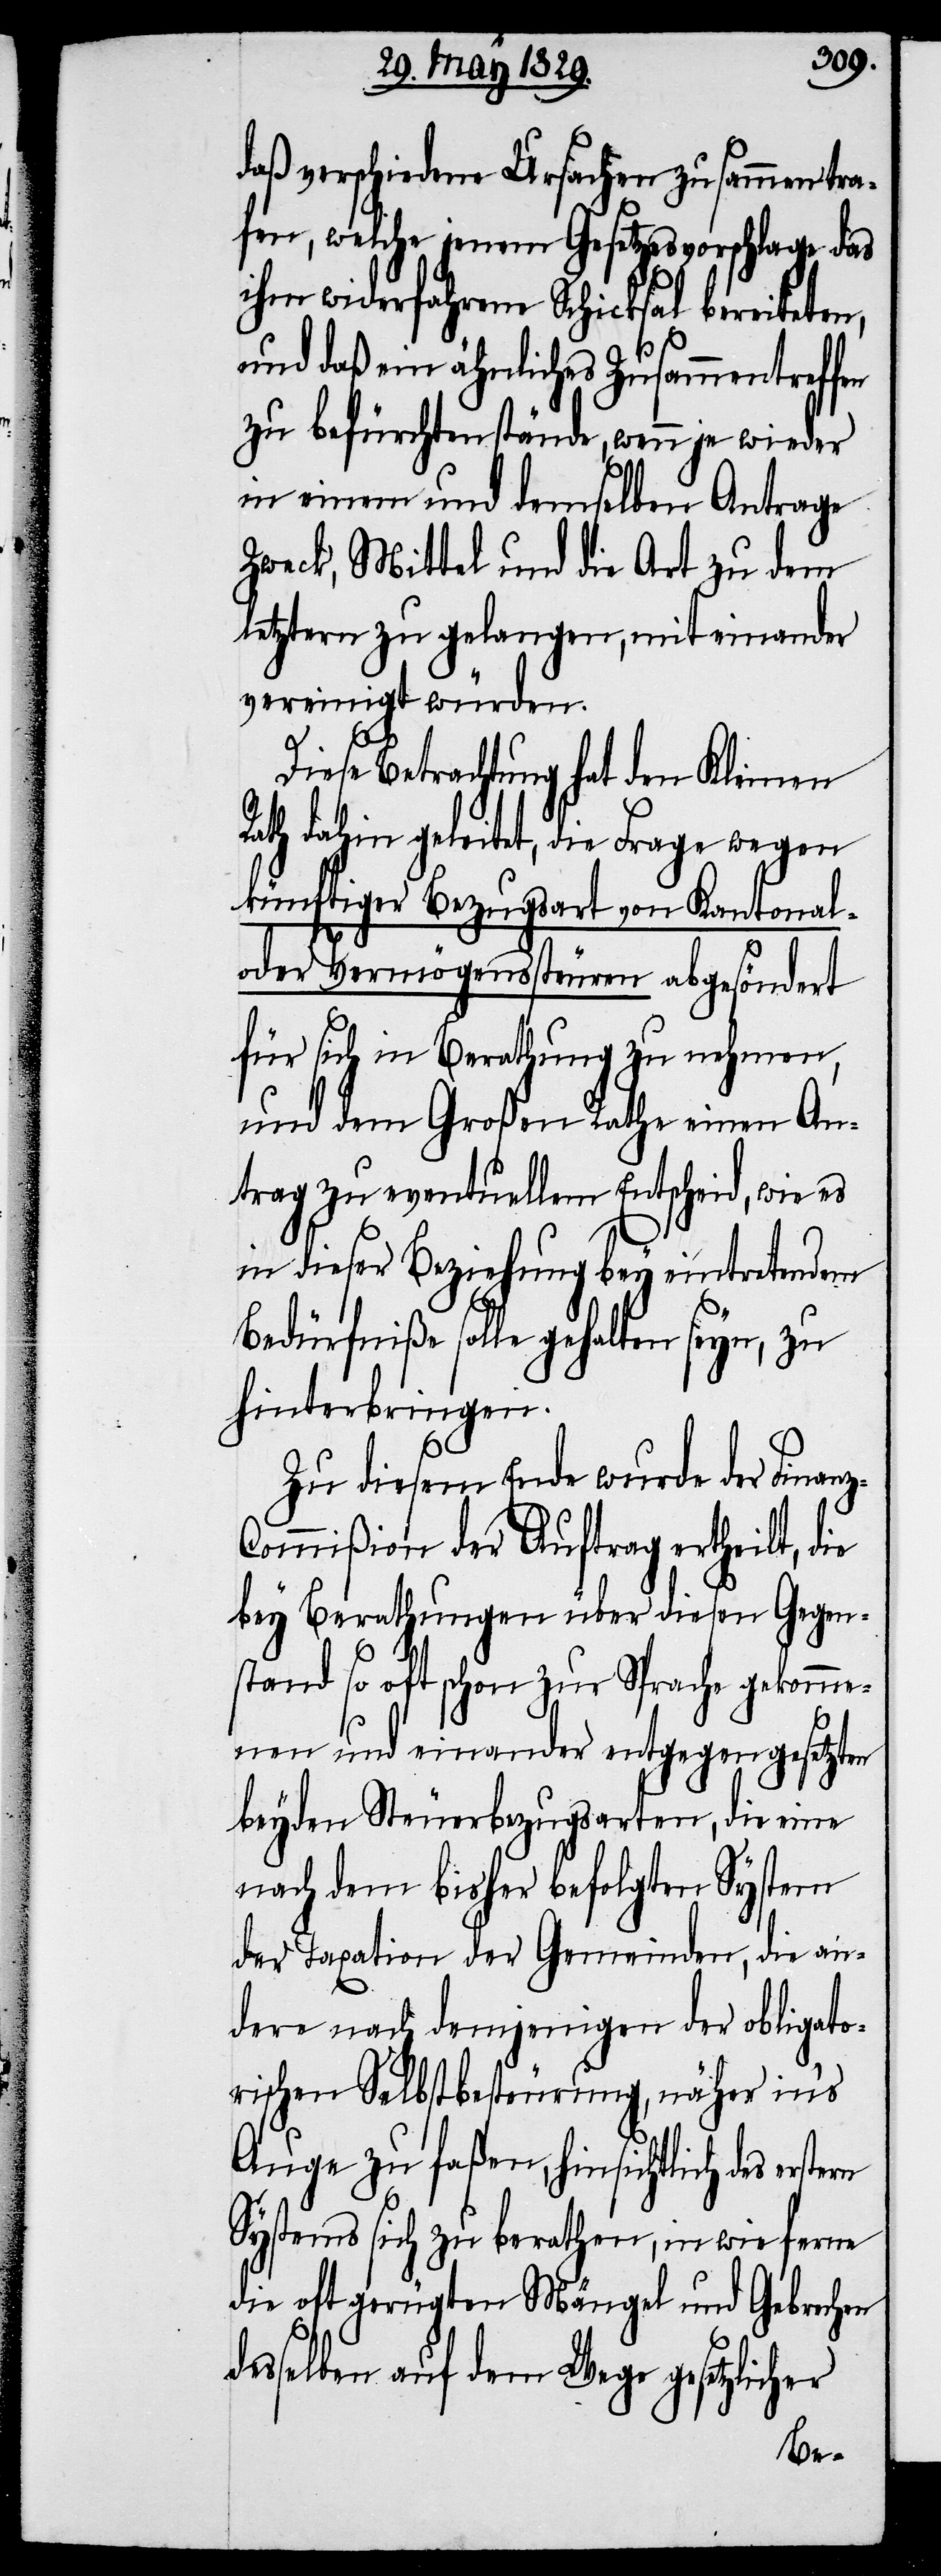
daß verschiedene Ursachen zusammen tra¬
fen, welche jenem Gesetzesvorschlage das
ihm widerfahrene Schicksal bereiteten,
und daß ein ähnliches Zusammentreffen
zu befürchten stände, wenn je wieder
in einem und demselben Antrage
Zweck, Mittel und die Art zu dem
letztern zu gelangen, miteinander
vereinigt würden.
z-C¬
Diese Betrachtung hat den Kleinen
Rath dahin geleitet, die Frage wegen
künftiger Bezugsart von Kantonal-
oder Vermögenssteuren abgesöndert
für sich in Berathung zu nehmen,
und dem Großen Rathe einen An¬
trag zu eventuellem Entscheid, wie es
in dieser Beziehung bey eintretendem
Bedürfniße solle gehalten seyn, zu
hinterbringen.
Zu diesem Ende wurde der Finan¬
ommißion der Auftrag ertheilt, die
bey Berathung über diesen Gegen¬
stand so oft schon zur Sprache gekomme¬
nen und einander entgegengesetzten
beyden Steuerbezugsarten, die eine
nach dem bisher befolgten System
der Taxation der Gemeinden, die an¬
dere nach demjenigen der obligato¬
rischen Selbstbesteurung, näher in’s
Auge zu faßen, hinsichtlich des
Systems sich zu berathen, in wie ferne
die oft gerügten Mängel und Gebrechen
desselben auf dem Wege gesetzlicher